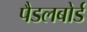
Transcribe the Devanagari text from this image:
पैडलबोर्ड